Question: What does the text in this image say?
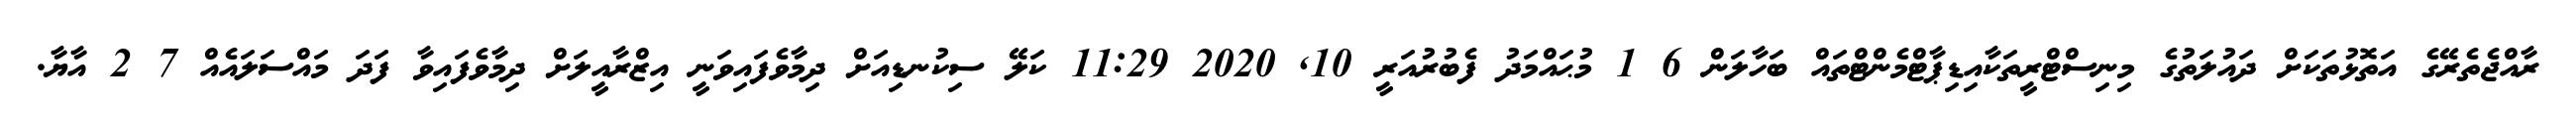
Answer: ރާއްޖެތެރޭގެ އަތޮޅުތަކަށް ދައުލަތުގެ މިނިސްޓްރީތަކާއިޑިޕާޓްމެންޓްތައް ބަހާލަން 6 1 މުޙައްމަދު ފެބުރުއަރީ 10, 2020 11:29 ކަލޭ ސިކުނޑިއަށް ދިމާވެފައިވަނީ އިޒްރާއީލަށް ދިމާވެފައިވާ ފަދަ މައްސަލައެއް 7 2 އާޔާ.